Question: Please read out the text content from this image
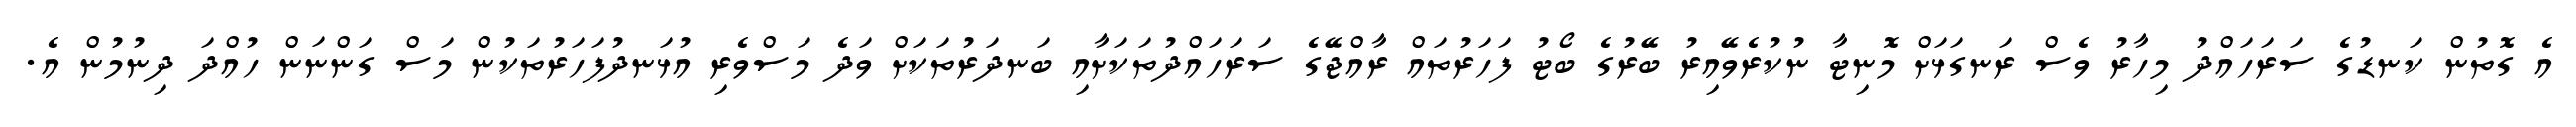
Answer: އެ ގޮތުން ކަނޑުގެ ސަރަހައްދު މިހާރު ވެސް ރަނގަޅަށް މޮނިޓާ ނުކުރެވޭއިރު ބޭރުގެ ބޯޓު ފަހަރުތައް ރާއްޖޭގެ ސަރަހައްދުތަކަށާއި ބަނދަރުތަކަށް ވަދެ މަސްވެރި އުޅަނދުފަހަރުތަކުން މަސް ގަންނަން ހުއްދަ ދިނުމުން އެ.